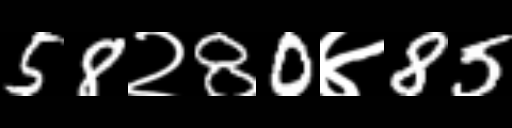
Text: 58२80४85